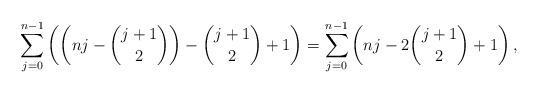
LaTeX: \begin{align*}\sum_{j=0}^{n-1}\left(\left(nj-{j+1 \choose 2}\right)-{j+1 \choose 2}+1\right)=\sum_{j=0}^{n-1}\left(nj-2{j+1 \choose 2}+1\right),\end{align*}